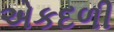
એકદળી